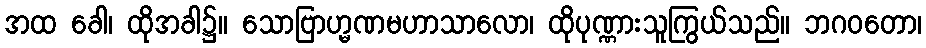
အထ ခေါ၊ ထိုအခါ၌။ သောဗြာဟ္မဏမဟာသာလော၊ ထိုပုဏ္ဏားသူကြွယ်သည်။ ဘဂဝတော၊